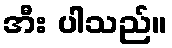
အီး ပါသည်။